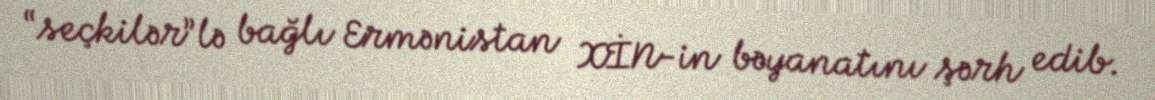
“seçkilər”lə bağlı Ermənistan XİN-in bəyanatını şərh edib.